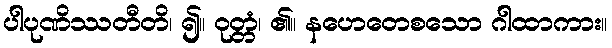
ပါပုဏိဿတီတိ၊ ၍။ ဝုတ္တံ၊ ၏။ နဟေတေစသော ဂါထာကား။